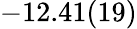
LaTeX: -12.41(19)